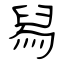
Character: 舄